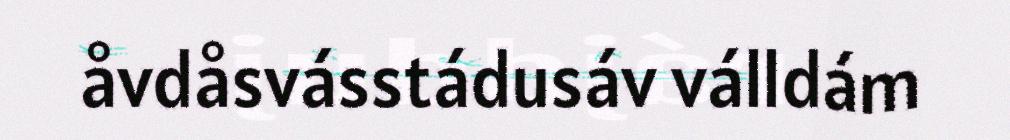
åvdåsvásstádusáv válldám